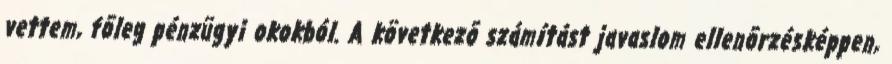
vettem, fõleg pénzügyi okokból. A következõ számítást javaslom ellenõrzésképpen,